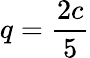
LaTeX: q=\frac{2c}{5}